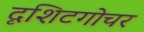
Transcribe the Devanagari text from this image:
दृशिटगोचर